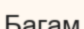
Багам